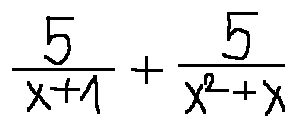
\frac { 5 } { x + 1 } + \frac { 5 } { x ^ { 2 } + x }